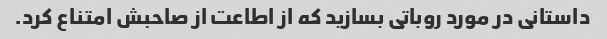
داستانی در مورد روباتی بسازید که از اطاعت از صاحبش امتناع کرد.